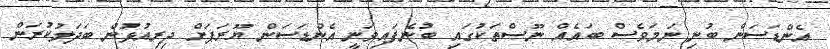
އެންޑަސަން ބުނި ނަމަވެސް ބައެއް ނޫސްތަކުގައި ބުނެފައިވަނީ އެންޑަސަން ޔޫރަޕަށް ދިރިއުޅުން ބަދަލުކުރަން